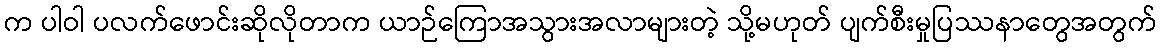
က ပါဝါ ပလက်ဖောင်းဆိုလိုတာက ယာဉ်ကြောအသွားအလာများတဲ့ သို့မဟုတ် ပျက်စီးမှုပြဿနာတွေအတွက်